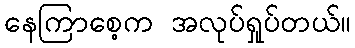
နေကြာစေ့က အလုပ်ရှုပ်တယ်။